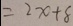
= 2 x + 8